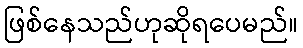
ဖြစ်နေသည်ဟုဆိုရပေမည်။